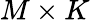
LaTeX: M\times K